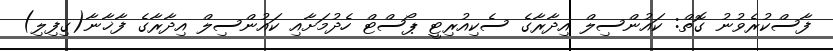
ފާސްކުރެވުނު ގޮތް: ކައުންސިލް އިދާރާގެ ސެކިއުރިޓީ ޕޯސްޓް ހެދުމަށާއި ކައުންސިލް އިދާރާގެ ފާޚާނާ(ގިފިލި)